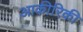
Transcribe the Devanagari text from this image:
आकीरिकी